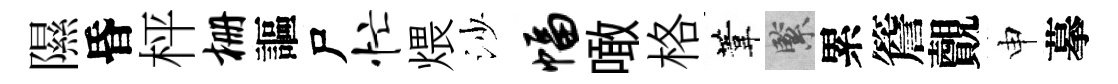
隰昏枰栅謳尸忙煨沙幅噉格葦緊累簷覿申摹